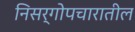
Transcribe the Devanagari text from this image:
निसर्गोपचारातील